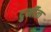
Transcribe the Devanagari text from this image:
दुर्र्मीळ